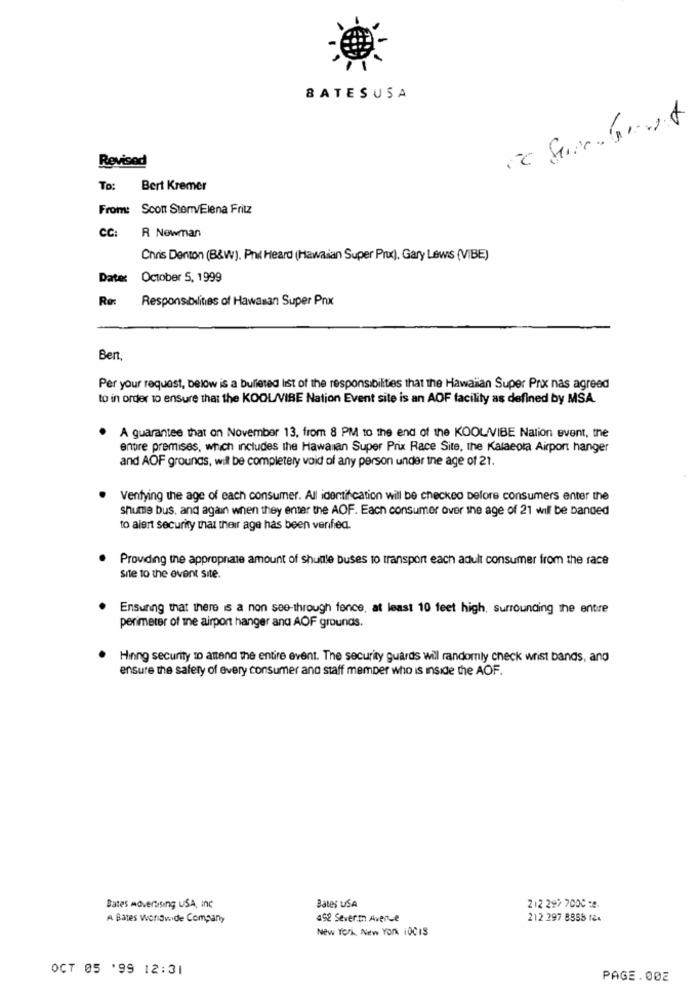
BATESUSA
Revised
To:
Bert Kremer
From: Scon Stem/Elena Fritz
CC:
R Nowman
Chris Denton (B&W). Phil Heard (Hawaian Super Pru), Gary Lewis (VIBE)
Date: October 5, 1999
Re: Responsibilities of Hawasan Super Pnx
Bert,
Per your request, below is a bulleted list of the responsibilities that the Hawaiian Super Prix nas agreed
to in order to ensure that the KOOLVIBE Nation Event site is an AOF facility as defined by MSA.
A guarantee that on November 13, from 8 PM to the end of the KOOL/VIBE Nation event, the
enpre premises, which includes the Hawaiian Super Prix Race Site, the Kalaeota Airport hanger
and AOF grounds, will be completely void of any person under the age of 21.
Venfying the age of each consumer. All identification will be checked Delore consumers enter the
shume bus, and again when they enter the AOF. Each consumer over the age of 21 will be banded
to alert security that their age has been verified.
Providing the appropriate amount of shuttle Duses to transport each adult consumer from the race
site to the event site.
Ensuring that there is a non see-through fence, at least 10 feet high, surrounding the entire
perimeter of the airport hanger and AOF grounds.
Hinng security to attend the entire event. The security guards will randomly check wrist bands, and
ensure the safery of every consumer and staff member who is Inside the AOF.
Bates Advertising USA, inc
Bates USA
2 12 297 7000 :8
A Bates Worldwide Company
a52 Severt Avenue
212 297 8558 124
New York, New York 100IS
OCT 05 '99 12:31
PAGE.002